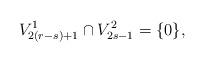
LaTeX: \begin{align*}V_{2(r-s)+1}^{1}\cap V_{2s-1}^{2}=\{0\},\end{align*}